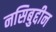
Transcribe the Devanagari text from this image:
नसिबुद्दीन